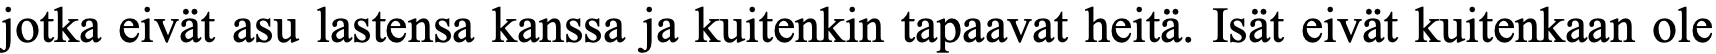
jotka eivät asu lastensa kanssa ja kuitenkin tapaavat heitä. Isät eivät kuitenkaan ole